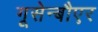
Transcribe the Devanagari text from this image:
गूसेन्बौएर